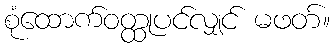
စုံထောက်ဝတ္ထုပင်လျှင် မဖတ်။